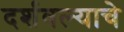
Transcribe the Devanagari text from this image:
दर्शवल्याचे